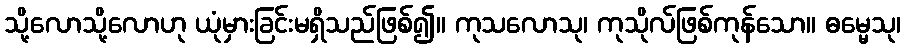
သို့လောသို့လောဟု ယုံမှားခြင်းမရှိသည်ဖြစ်၍။ ကုသလောသု၊ ကုသိုလ်ဖြစ်ကုန်သော။ ဓမ္မေသု၊